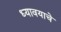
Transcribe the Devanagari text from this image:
ध्यावयाचे